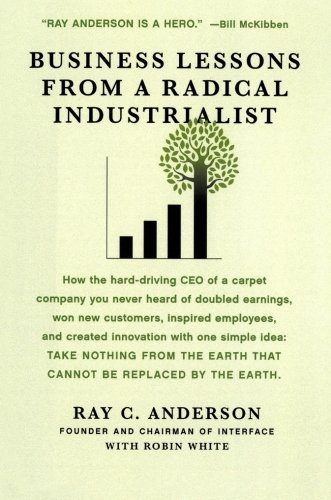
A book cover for Business Lessons from a Radical Industrialist; Ray C. Anderson; Business & Money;